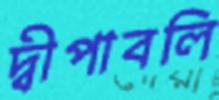
দ্বীপাবলি